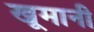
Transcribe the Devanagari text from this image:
खूमानी